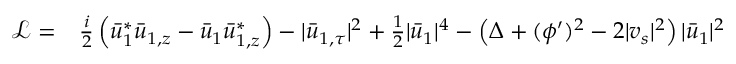
\begin{array} { r l } { { \mathcal { L } } = } & { { } \frac { i } { 2 } \left( \bar { u } _ { 1 } ^ { * } \bar { u } _ { 1 , z } - \bar { u } _ { 1 } \bar { u } _ { 1 , z } ^ { * } \right) - | \bar { u } _ { 1 , \tau } | ^ { 2 } + \frac { 1 } { 2 } | \bar { u } _ { 1 } | ^ { 4 } - \left( \Delta + ( \phi ^ { \prime } ) ^ { 2 } - 2 | v _ { s } | ^ { 2 } \right) | \bar { u } _ { 1 } | ^ { 2 } } \end{array}